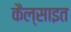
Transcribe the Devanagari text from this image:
कैल्साइत